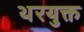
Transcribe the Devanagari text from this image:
थरयुक्त